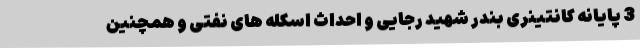
3 پایانه کانتینری بندر شهید رجایی و احداث اسکله های نفتی و همچنین